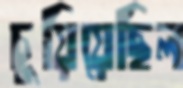
চুয়িয়েছিল